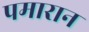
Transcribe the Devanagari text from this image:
पमारान